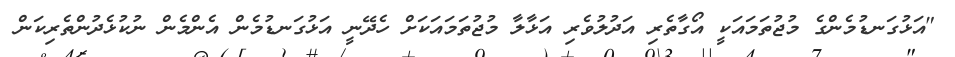
"އަޅުގަނޑުމެންގެ މުޖުތަމައަކީ އޯގާތެރި އަދުލުވެރި އަޅާލާ މުޖުތަމައަކަށް ހެދޭނީ އަޅުގަނޑުމެން އެންމެން ނުކުޅެދުންތެރިކަން